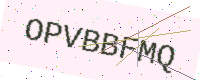
Text: OPVBBFMQ